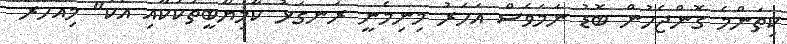
ކިތަންމެ ގޮންޖެހުން ބޮޑު ނަމަވެސް އަހަރު މިނިމެނީ ރަނގަޅު ކާމިޔާބީތަކަކާއި އެކު" މިއަހަރު